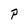
Character: P